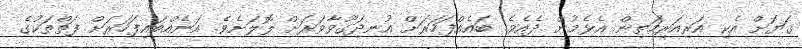
ގަޔަށް އެކި އަރިއަރިމަތިން އެޅެމުން ދެއެވެ. ބައެއްފަހަރަށް އުނދަގޫވާވަރަށް ލޮލަށެވެ. އަނެއްބައިފަހަރަށް ފަތްތަކުގެ